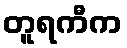
တူရကီက